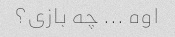
اوه ... چه بازی؟